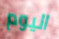
اليوم